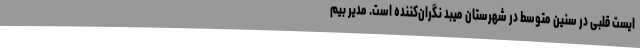
ایست قلبی در سنین متوسط در شهرستان میبد نگران‌کننده است. مدیر بیم